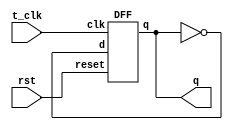


module TFF1(q,t_clk,rst);
output q ; 
input t_clk,rst;
wire d;
DFF dff0(q,d,t_clk,rst);
not n1(d,q);
endmodule


module DFF(q,d,clk,reset);
output q;
input d,clk,reset;
reg q;
always@(posedge reset or negedge  clk)
if(reset)
q <=1'b0;
else
q <=d;
endmodule